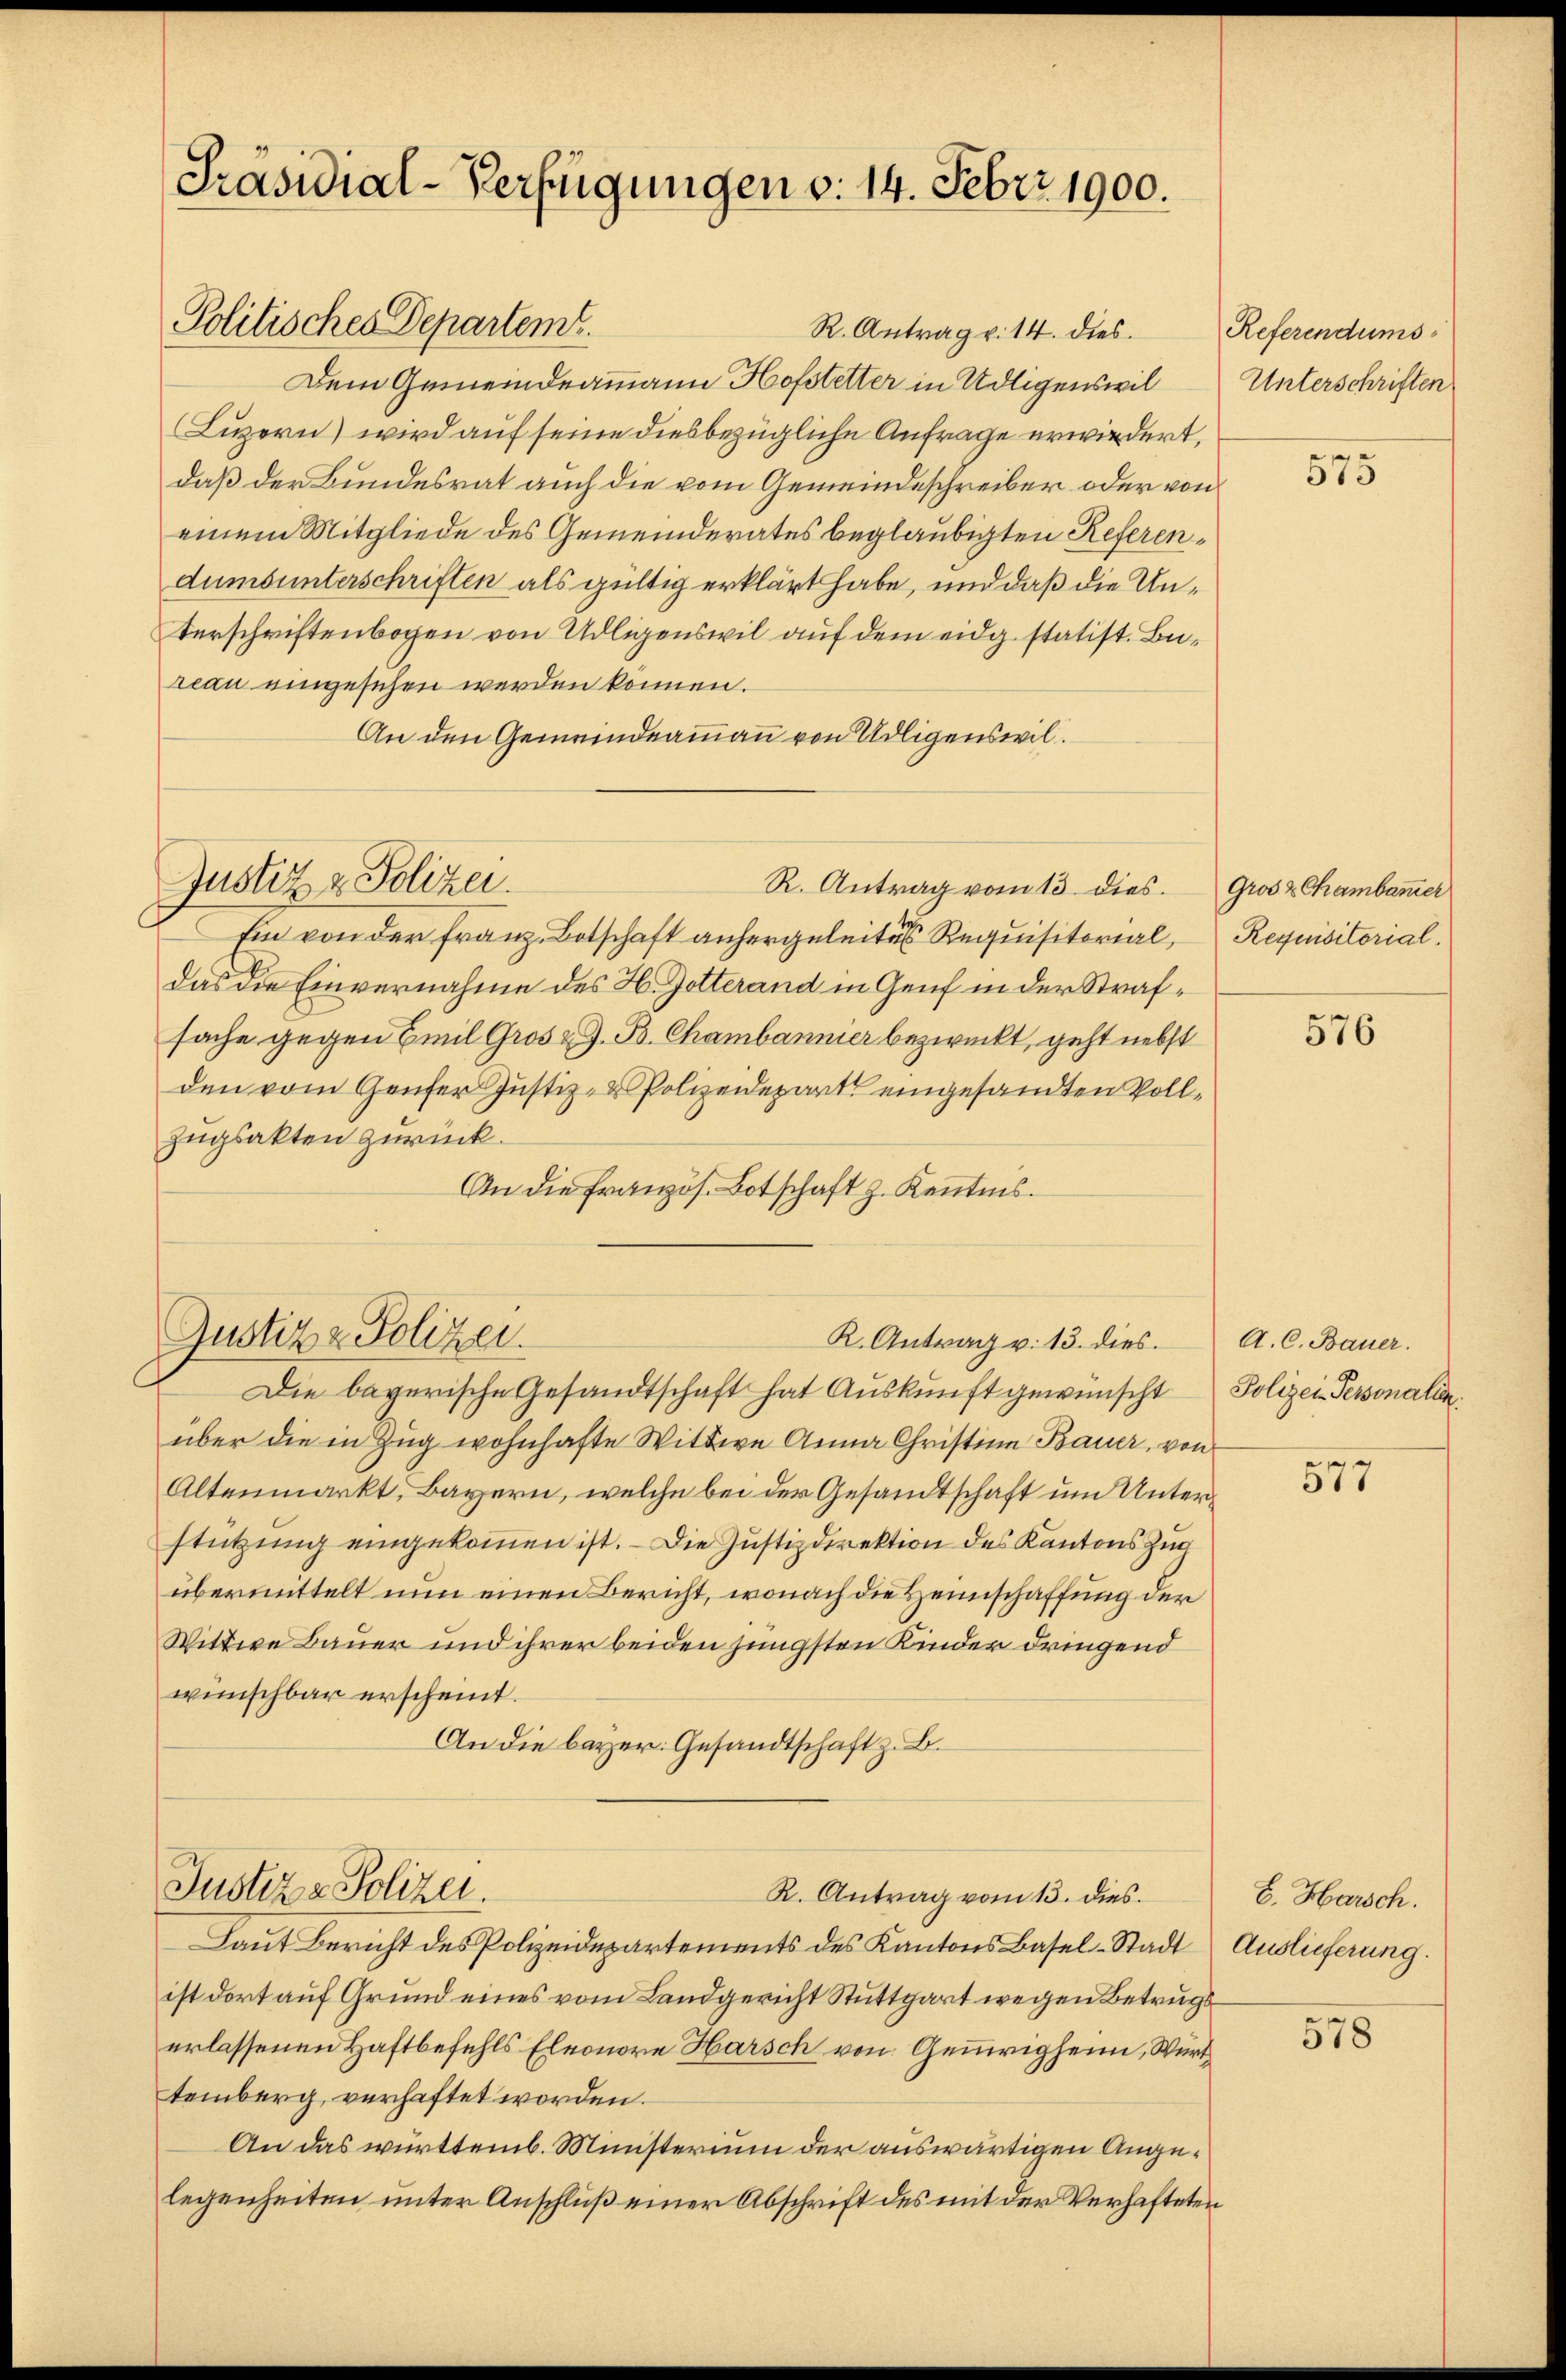
Präsidial-Verfügungen d. 14. Feber 1900.

Politisches Departem

R. Antrag v. 14. dies
Dem Gemeindeammann Hofstetter in Udligenswil
Luzern) wird auf seine diesbezügliche Anfrage erwiedert,
daß der Bundesrat auch die vom Gemeindeschreiber oder von
einem Mitgliede des Gemeinderates beglaubigten Referendumsunterschriften als gültig erklärt habe, und daß die Un¬
Verschriftenbogen von Udligenswil auf dem eidg. statist. Bereau eingesehen werden können.
An den Gemeindeammann von Udligenseil.
Justiz & Polizei.
R. Antrag vom 13. dies.
Ein von der Franz Botschaft anhergeleites Requisitorial,
das die Einvernahme des H. Gotterand in Genf in der Strafsache gegen Emil Gros z. B. Chambanner bezweckt, geht nebst
den vom Genfer Justiz- & Polizeidepart eingesandten Voll¬
Zugsakten zurück.
An die französ. Botschaft z. Kenntnis.

Die bayerische Gesandtschaft hat Auskunft gewünscht
über die in Zug wohnhafte Wittwe Anna Christina Bauer, von
Altenmarkt, Bayern, welche bei der Gesandtschaft um Unterstützung eingekommen ist. – Die Justizdirektion des Kantons Zug
übermittelt nun einen Bericht, wonach die Heimschaffung der
Wittwe Bauer und ihrer beiden jüngsten Kinder dringend
wünschbar erscheint.
An die bayer. Gesandtschaft z. B.

Justiz & Polizei.

Justiz - Polizei.

K. Antrag v. 13. dies

R. Antrag vom 13. dies
Laut Bericht des Polizeidepartements des Kantons Basel-Stadt Auslieferung.
ist dort auf Grund eines vom Landgericht Stuttgart wegen Betrugserlassenen Haftbefehls Eleonore Harsch von Gemeigheim, Württemberg, verhaftet worden.
An das württemb. Ministerium der auswärtigen Angelegenheiten unter Anschluß einer Abschrift des mit der Verhafteten

Referendums
Unterschriften

575

Gros z Chambam̅er
Requisitorial.

576

A. C. Bauer.
Polizei-Personalen.

577

E. Harsch.

578